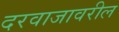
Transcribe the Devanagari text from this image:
दरवाजावरील